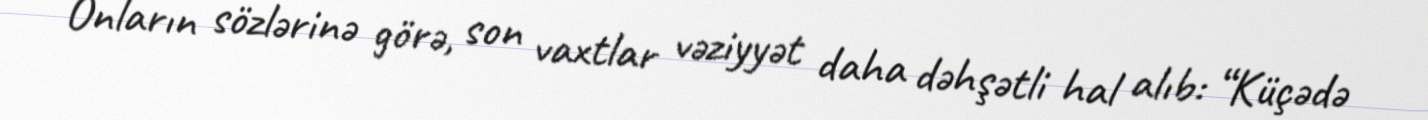
Onların sözlərinə görə, son vaxtlar vəziyyət daha dəhşətli hal alıb: “Küçədə